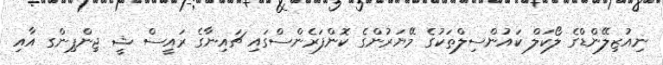
ނިއުޒިލޭންޑްގެ ލޯކަލް ކައުންސިލްތަކުގެ މޭޔަރުންގެ ކޮންފަރެންސްގައި ޗައިނާގެ ރައީސް ޝީ ޖިންޕިންގ އާއި